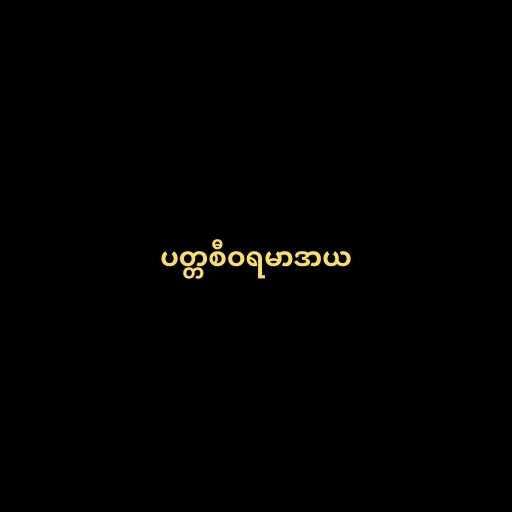
ပတ္တစီဝရမာဒာယ